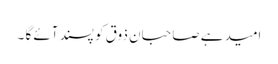
امید ہے صاحبان ذوق کو پسند آئے گا ۔